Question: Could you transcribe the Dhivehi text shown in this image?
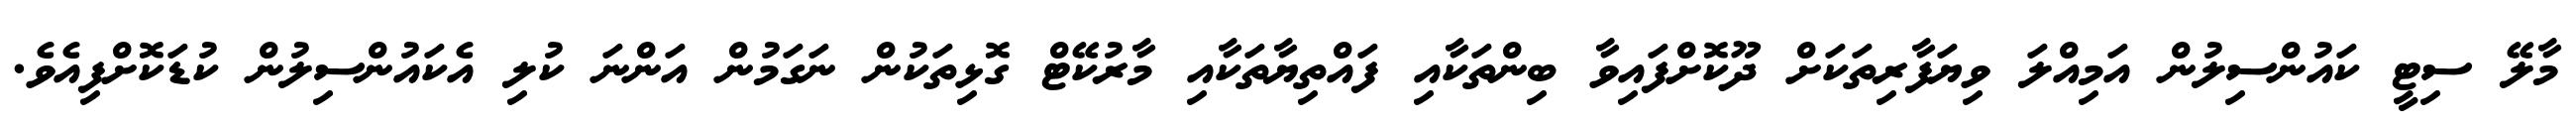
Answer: މާލޭ ސިޓީ ކައުންސިލުން އަމިއްލަ ވިޔަފާރިތަކަށް ދޫކޮށްފައިވާ ބިންތަކާއި ފައްތިޔާތަކާއި މާރުކޭޓް ގޮޅިތަކުން ނަގަމުން އަންނަ ކުލި އެކައުންސިލުން ކުޑަކޮށްފިއެވެ.